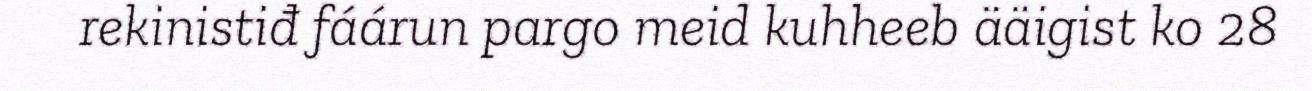
rekinistiđ fáárun pargo meid kuhheeb ääigist ko 28